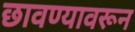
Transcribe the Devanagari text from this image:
छावण्यावरून